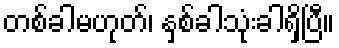
တစ်ခါမဟုတ်၊ နှစ်ခါသုံးခါရှိပြီ။